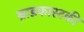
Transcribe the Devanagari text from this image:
ब्राडकास्टकी